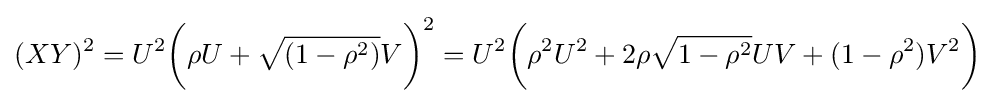
(XY)^{2}=U^{2}{\bigg (}\rho U+{\sqrt {(1-\rho ^{2})}}V{\bigg )}^{2}=U^{2}{\bigg (}\rho ^{2}U^{2}+2\rho {\sqrt {1-\rho ^{2}}}UV+(1-\rho ^{2})V^{2}{\bigg )}